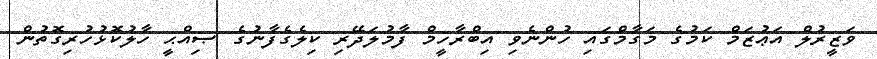
ވަޒީރުލް އަޢުޒަމް ކަމުގެ މަގާމްގައި ހުންނެވި އިބްރާހީމް ފާމުލަދޭރި ކިލެގެފާނުގެ ޞިއްޙީ ހާލުކޮޅުހުރިގޮތުން